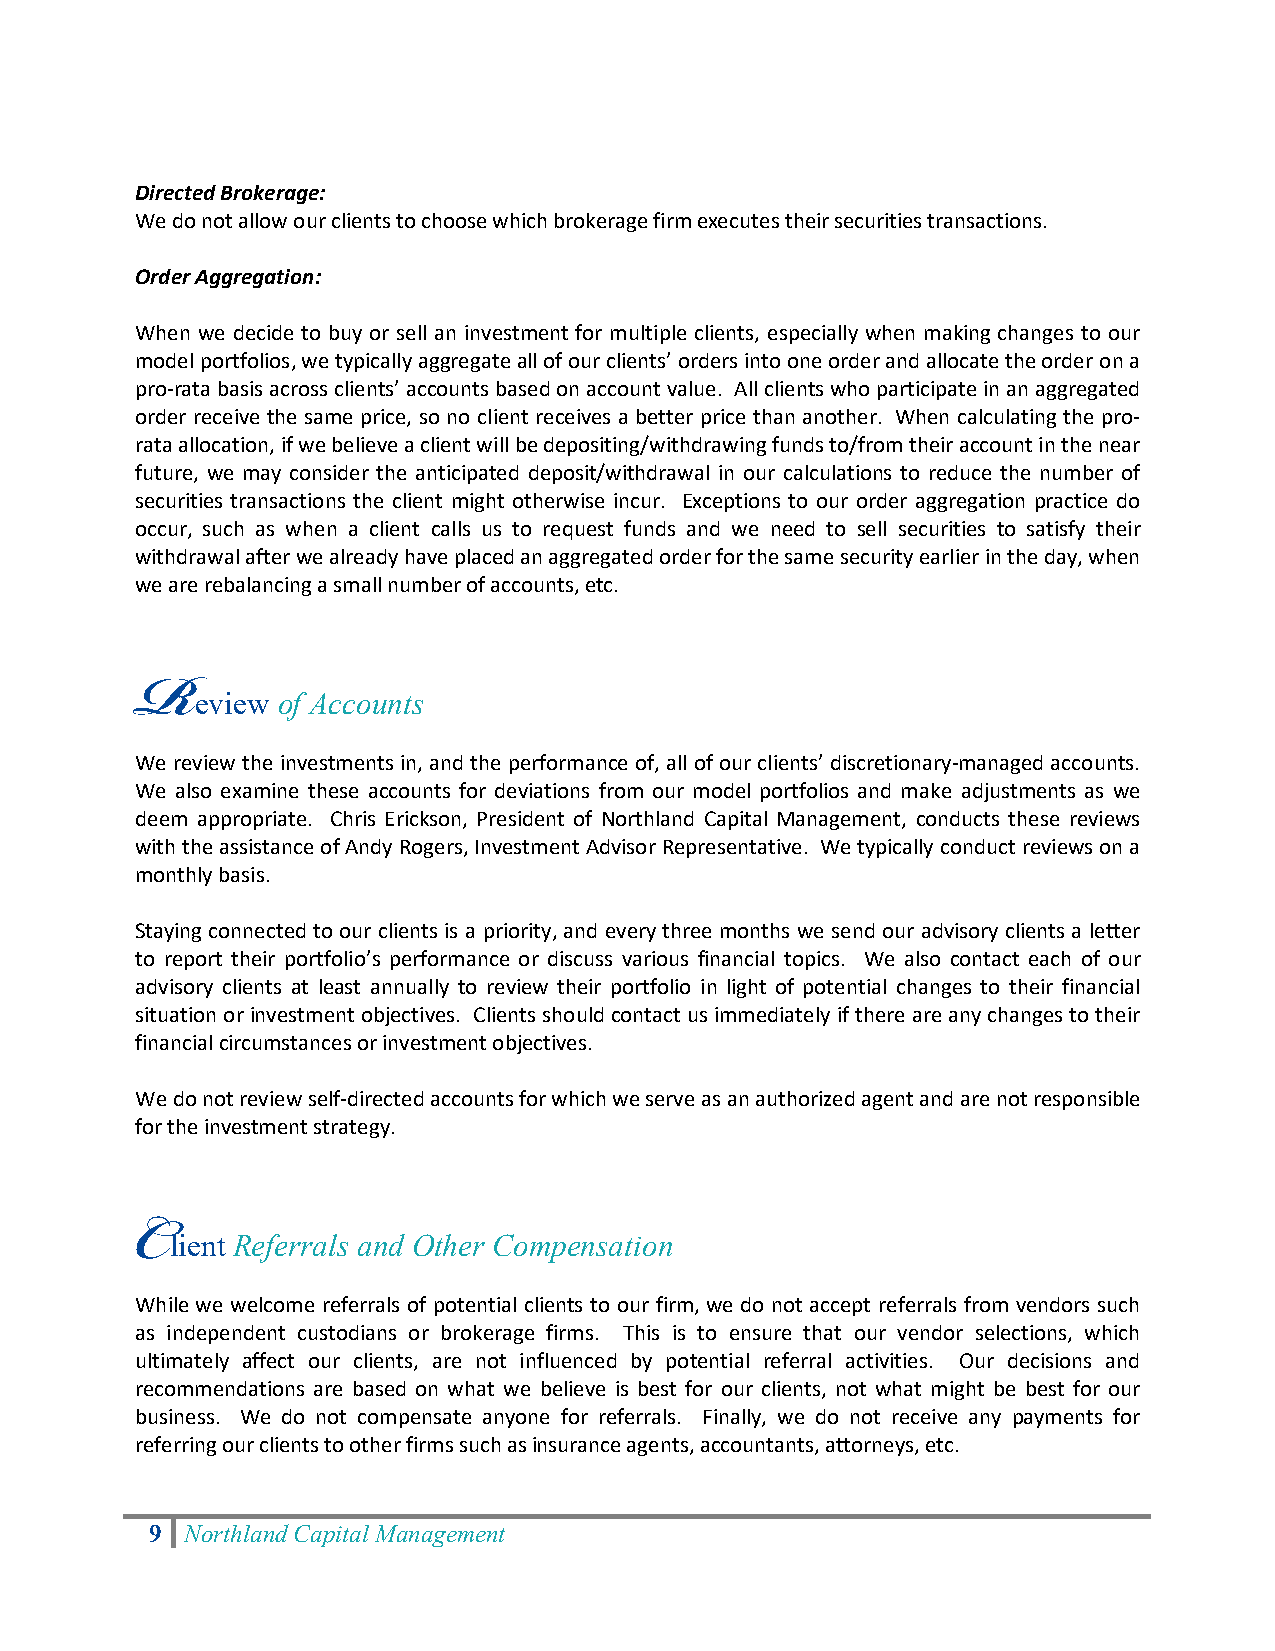
Directed Brokerage:
 We do not allow our clients to choose which brokerage firm executes their securities transactions.
 Order Aggregation:
 When we decide to buy or sell an investment for multiple clients, especially when making changes to our
 model portfolios, we typically aggregate all of our clients’ orders into one order and allocate the order on a
 pro-rata basis across clients’ accounts based on account value. All clients who participate in an aggregated
 order receive the same price, so no client receives a better price than another. When calculating the pro-
 rata allocation, if we believe a client will be depositing/withdrawing funds to/from their account in the near
 future, we may consider the anticipated deposit/withdrawal in our calculations to reduce the number of
 securities transactions the client might otherwise incur. Exceptions to our order aggregation practice do
 occur, such as when a client calls us to request funds and we need to sell securities to satisfy their
 withdrawal after we already have placed an aggregated order for the same security earlier in the day, when
 we are rebalancing a small number of accounts, etc.
 eview of Accounts
 R
 We review the investments in, and the performance of, all of our clients’ discretionary-managed accounts.
 We also examine these accounts for deviations from our model portfolios and make adjustments as we
 deem appropriate. Chris Erickson, President of Northland Capital Management, conducts these reviews
 with the assistance of Andy Rogers, Investment Advisor Representative. We typically conduct reviews on a
 monthly basis.
 Staying connected to our clients is a priority, and every three months we send our advisory clients a letter
 to report their portfolio’s performance or discuss various financial topics. We also contact each of our
 advisory clients at least annually to review their portfolio in light of potential changes to their financial
 situation or investment objectives. Clients should contact us immediately if there are any changes to their
 financial circumstances or investment objectives.
 We do not review self-directed accounts for which we serve as an authorized agent and are not responsible
 for the investment strategy.
 lient Referrals and Other Compensation
 C
 While we welcome referrals of potential clients to our firm, we do not accept referrals from vendors such
 as independent custodians or brokerage firms. This is to ensure that our vendor selections, which
 ultimately affect our clients, are not influenced by potential referral activities. Our decisions and
 recommendations are based on what we believe is best for our clients, not what might be best for our
 business. We do not compensate anyone for referrals. Finally, we do not receive any payments for
 referring our clients to other firms such as insurance agents, accountants, attorneys, etc.
 9 Northland Capital Management